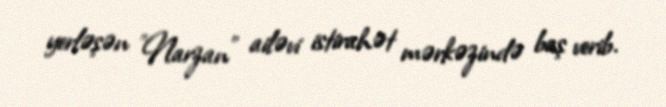
yerləşən "Narzan" ailəvi istirahət mərkəzində baş verib.